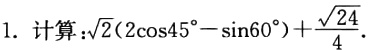
1. 计算：\(\sqrt{2}(2\cos45^{\circ}-\sin60^{\circ})+\frac{\sqrt{24}}{4}\)